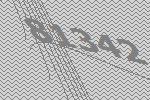
81342